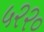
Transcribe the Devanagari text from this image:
५२२०